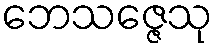
ဘေသဇ္ဇေသု